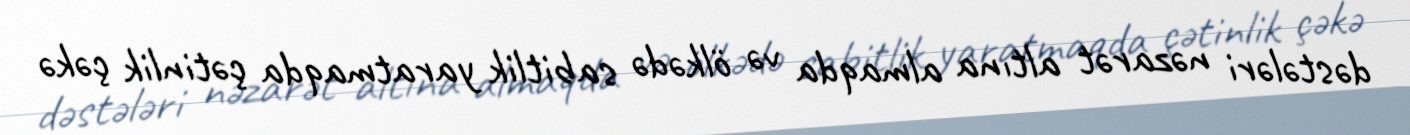
dəstələri nəzarət altına almaqda və ölkədə sabitlik yaratmaqda çətinlik çəkə